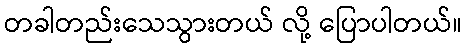
တခါတည်းသေသွားတယ် လို့ ပြောပါတယ်။